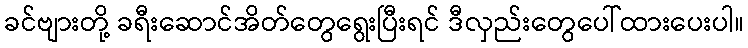
ခင်ဗျားတို့ ခရီးဆောင်အိတ်တွေရွေးပြီးရင် ဒီလှည်းတွေပေါ်ထားပေးပါ။